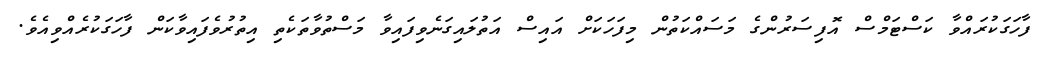
ފާހަގަކުރައްވާ ކަސްޓަމްސް އޮފިސަރުންގެ މަސައްކަތުން މިފަހަކަށް އައިސް އަތުލައިގަނެވިފައިވާ މަސްތުވާތަކެތި އިތުރުވެފައިވާކަން ފާހަގަކުރެއްވިއެވެ.